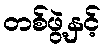
တစ်ဖွဲ့နှင့်